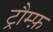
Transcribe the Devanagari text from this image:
ट्रौम्फ़